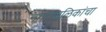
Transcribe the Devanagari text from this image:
नगरपालिकांचा